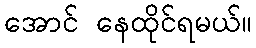
အောင် နေထိုင်ရမယ်။